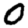
Digit: 0